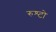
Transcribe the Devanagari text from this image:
रुश्टो